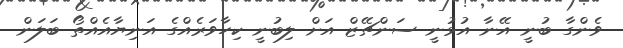
ވެންގާ ބުނީ އޭނާ އުޅުނީ ސަންޗޭޒް އަށް ލިބުނީ ކިހާވަރެއްގެ އަނިޔާއެއްތޯ ބަލަން